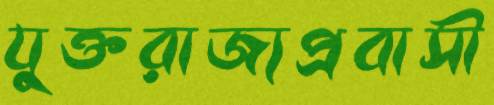
যুক্তরাজ্যপ্রবাসী